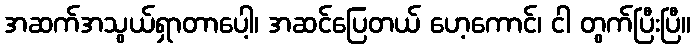
အဆက်အသွယ်ရှာတာပေါ့၊ အဆင်ပြေတယ် ဟေ့ကောင်၊ ငါ တွက်ပြီးပြီ။